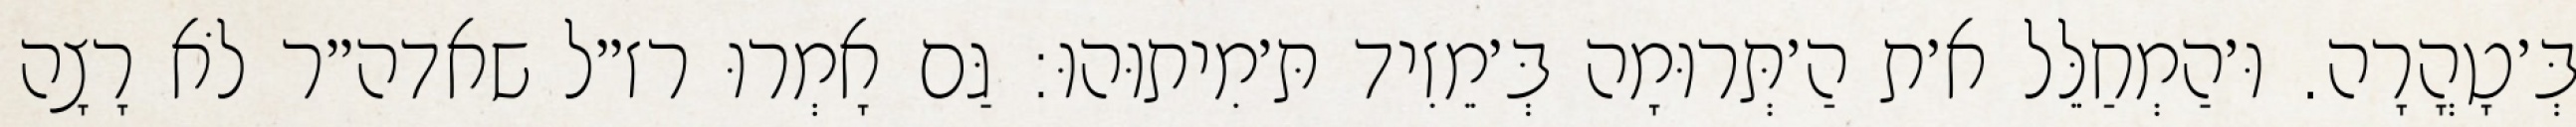
בְּ׳טָהֳרָה. וּ׳הַמְחַלֵּל א׳ת הַ׳תְּרוּמָה בְּ׳מֵזִיד תּ׳מִיתוּהוּ: גַּם אָמְרוּ רז״ל שאדה״ר לֹא רָצָה